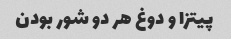
پیتزا و دوغ هر دو شور بودن